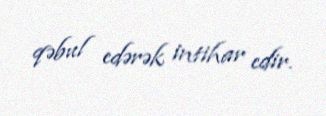
qəbul edərək intihar edir.